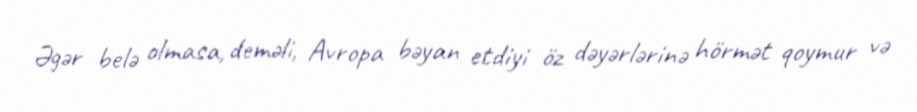
Əgər belə olmasa, deməli, Avropa bəyan etdiyi öz dəyərlərinə hörmət qoymur və